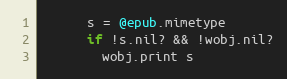
Language: Ruby
      s = @epub.mimetype
      if !s.nil? && !wobj.nil?
        wobj.print s